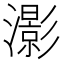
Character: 𤂖